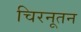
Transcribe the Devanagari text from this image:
चिरनूतन